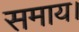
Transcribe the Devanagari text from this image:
समाय।